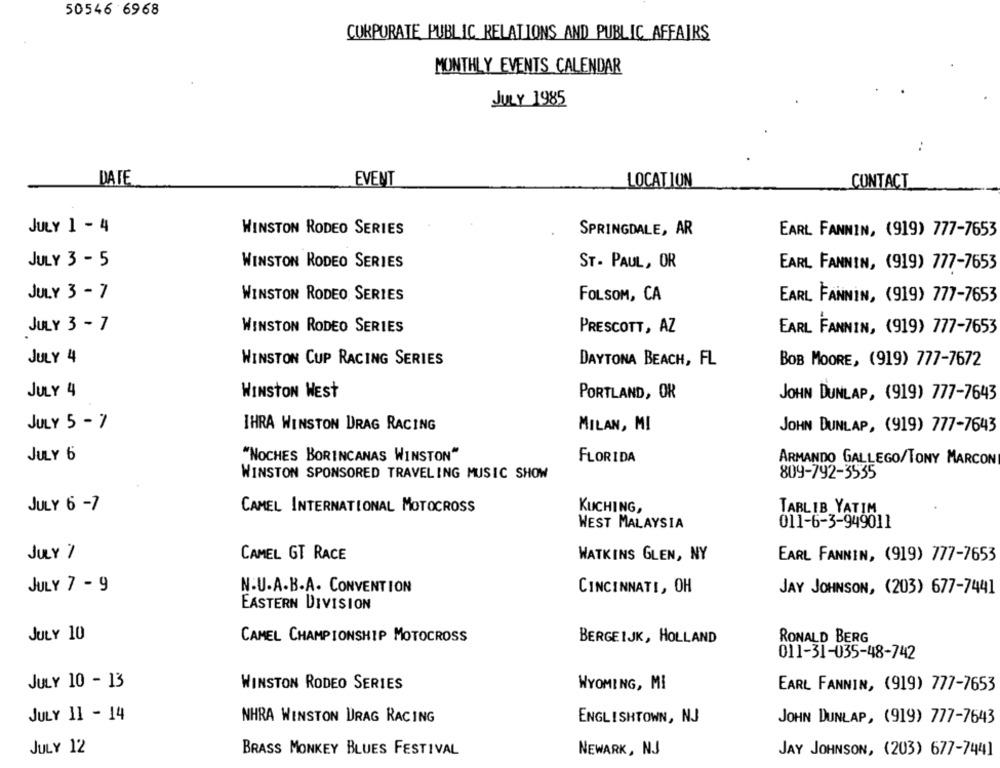
50546 6968
CORPORATE PUBLIC RELATIONS AND PUBLIC AFFAIRS
MONTHLY EVENTS CALENDAR
JULY 1985
..
DATE
EVENT
LOCATION
CONTACT
JULY 1 - 4
WINSTON RODEO SERIES
SPRINGDALE, AR
EARL FANNIN, (919) 777-7653
JULY 3- 5
WINSTON RODEO SERIES
ST. PAUL, OR
EARL FANNIN, (919) 777-7653
JULY 3 - 7
WINSTON RODEO SERIES
FOLSOM, CA
EARL FANNIN, (919) 777-7653
JULY 3 - 7
WINSTON RODEO SERIES
PRESCOTT, AZ
EARL FANNIN, (919) 777-7653
JULY 4
WINSTON CUP RACING SERIES
DAYTONA BEACH, FL
BOB MOORE, (919) 777-7672
JULY 4
WINSTON WEST
PORTLAND, OR
JOHN DUNLAP, (919) 777-7643
JULY 5 - 7
IHRA WINSTON DRAG RACING
MILAN, MI
JOHN DUNLAP, (919) 777-7643
JULY 6
"NOCHES BORINCANAS WINSTON"
FLORIDA
ARMANDO GALLEGO/TONY MARCONI
WINSTON SPONSORED TRAVELING MUSIC SHOW
809-792-3535
JULY 6 - 7
CAMEL INTERNATIONAL MOTOCROSS
KUCHING,
TABLIB YATIM
WEST MALAYSIA
011-6-3-949011
JULY 1
CAMEL GT RACE
WATKINS GLEN, NY
EARL FANNIN, (919) 777-7653
JULY 7 - 9
N.U.A.B.A. CONVENTION
CINCINNATI, OH
JAY JOHNSON, (203) 677-7441
EASTERN DIVISION
JULY 10
CAMEL CHAMPIONSHIP MOTOCROSS
BERGEIJK, HOLLAND
RONALD BERG
011-31-035-48-742
JULY 10 - 13
WINSTON RODEO SERIES
WYOMING, MI
EARL FANNIN, (919) 777-7653
JULY 11 - 14
NHRA WINSTON DRAG RACING
ENGLISHTOWN, NJ
JOHN DUNLAP, (919) 777-7643
JULY 12
BRASS MONKEY BLUES FESTIVAL
NEWARK, NJ
JAY JOHNSON, (203) 677-744]